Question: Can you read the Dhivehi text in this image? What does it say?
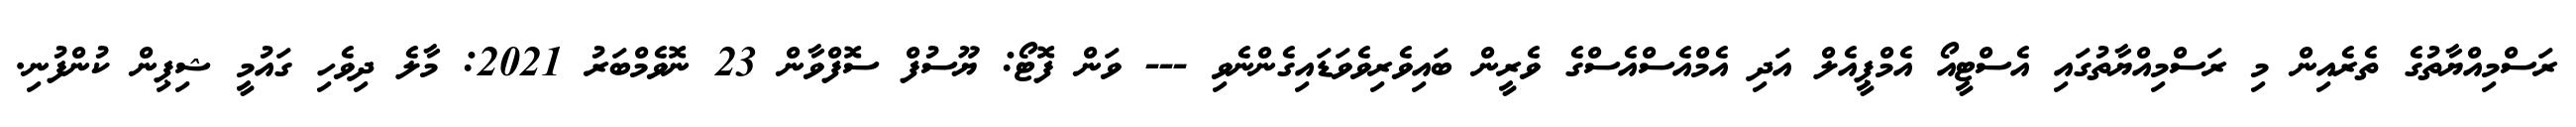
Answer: ރަސްމިއްޔާތުގެ ތެރެއިން މި ރަސްމިއްޔާތުގައި އެސްޓީއޯ އެމްޕީއެލް އަދި އެމްއެސްއެސްގެ ވެރީން ބައިވެރިވެވަޑައިގެންނެވި --- ވަން ފޮޓޯ: ޔޫސުފް ސޮފްވާން 23 ނޮވެމްބަރު 2021: މާލެ ދިވެހި ގައުމީ ޝިޕިން ކުންފުނި.